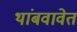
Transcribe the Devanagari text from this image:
थांबवावेत